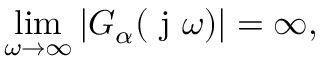
\operatorname* { l i m } _ { \omega \to \infty } | G _ { \alpha } ( \mathrm { ~ j ~ } \omega ) | = \infty ,